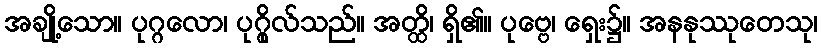
အချို့သော။ ပုဂ္ဂလော၊ ပုဂ္ဂိုလ်သည်။ အတ္ထိ၊ ရှိ၏။ ပုဗ္ဗေ၊ ရှေး၌။ အနနုဿုတေသု၊